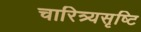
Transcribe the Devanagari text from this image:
चारित्र्यसृष्टि